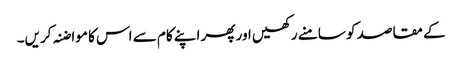
کے مقاصد کو سامنے رکھیں اور پھر اپنے کام سے اس کا مواضنہ کریں۔